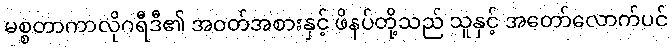
မစ္စတာကာလိုဂရီဒီ၏ အဝတ်အစားနှင့် ဖိနပ်တို့သည် သူနှင့် အတော်လောက်ပင်